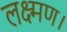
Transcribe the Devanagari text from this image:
लक्ष्मण।